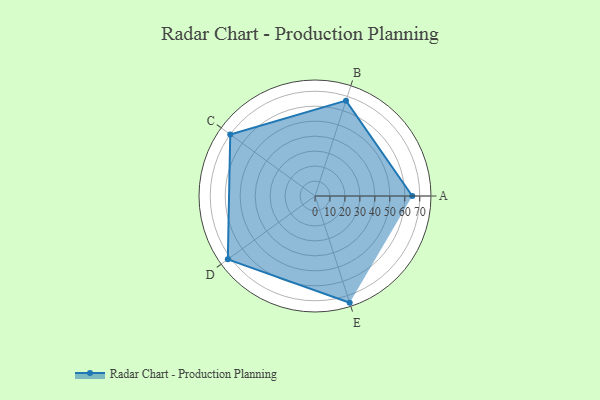
{"axis": {"x": "Skill", "y": "Score"}, "legend": ["Profile"], "data": [{"x": "A", "y": 65.0, "type": "Profile"}, {"x": "B", "y": 67.0, "type": "Profile"}, {"x": "C", "y": 70.0, "type": "Profile"}, {"x": "D", "y": 72.0, "type": "Profile"}, {"x": "E", "y": 75.0, "type": "Profile"}]}